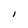
Character: I